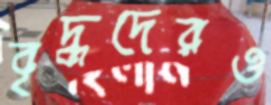
বৃদ্ধদেরও